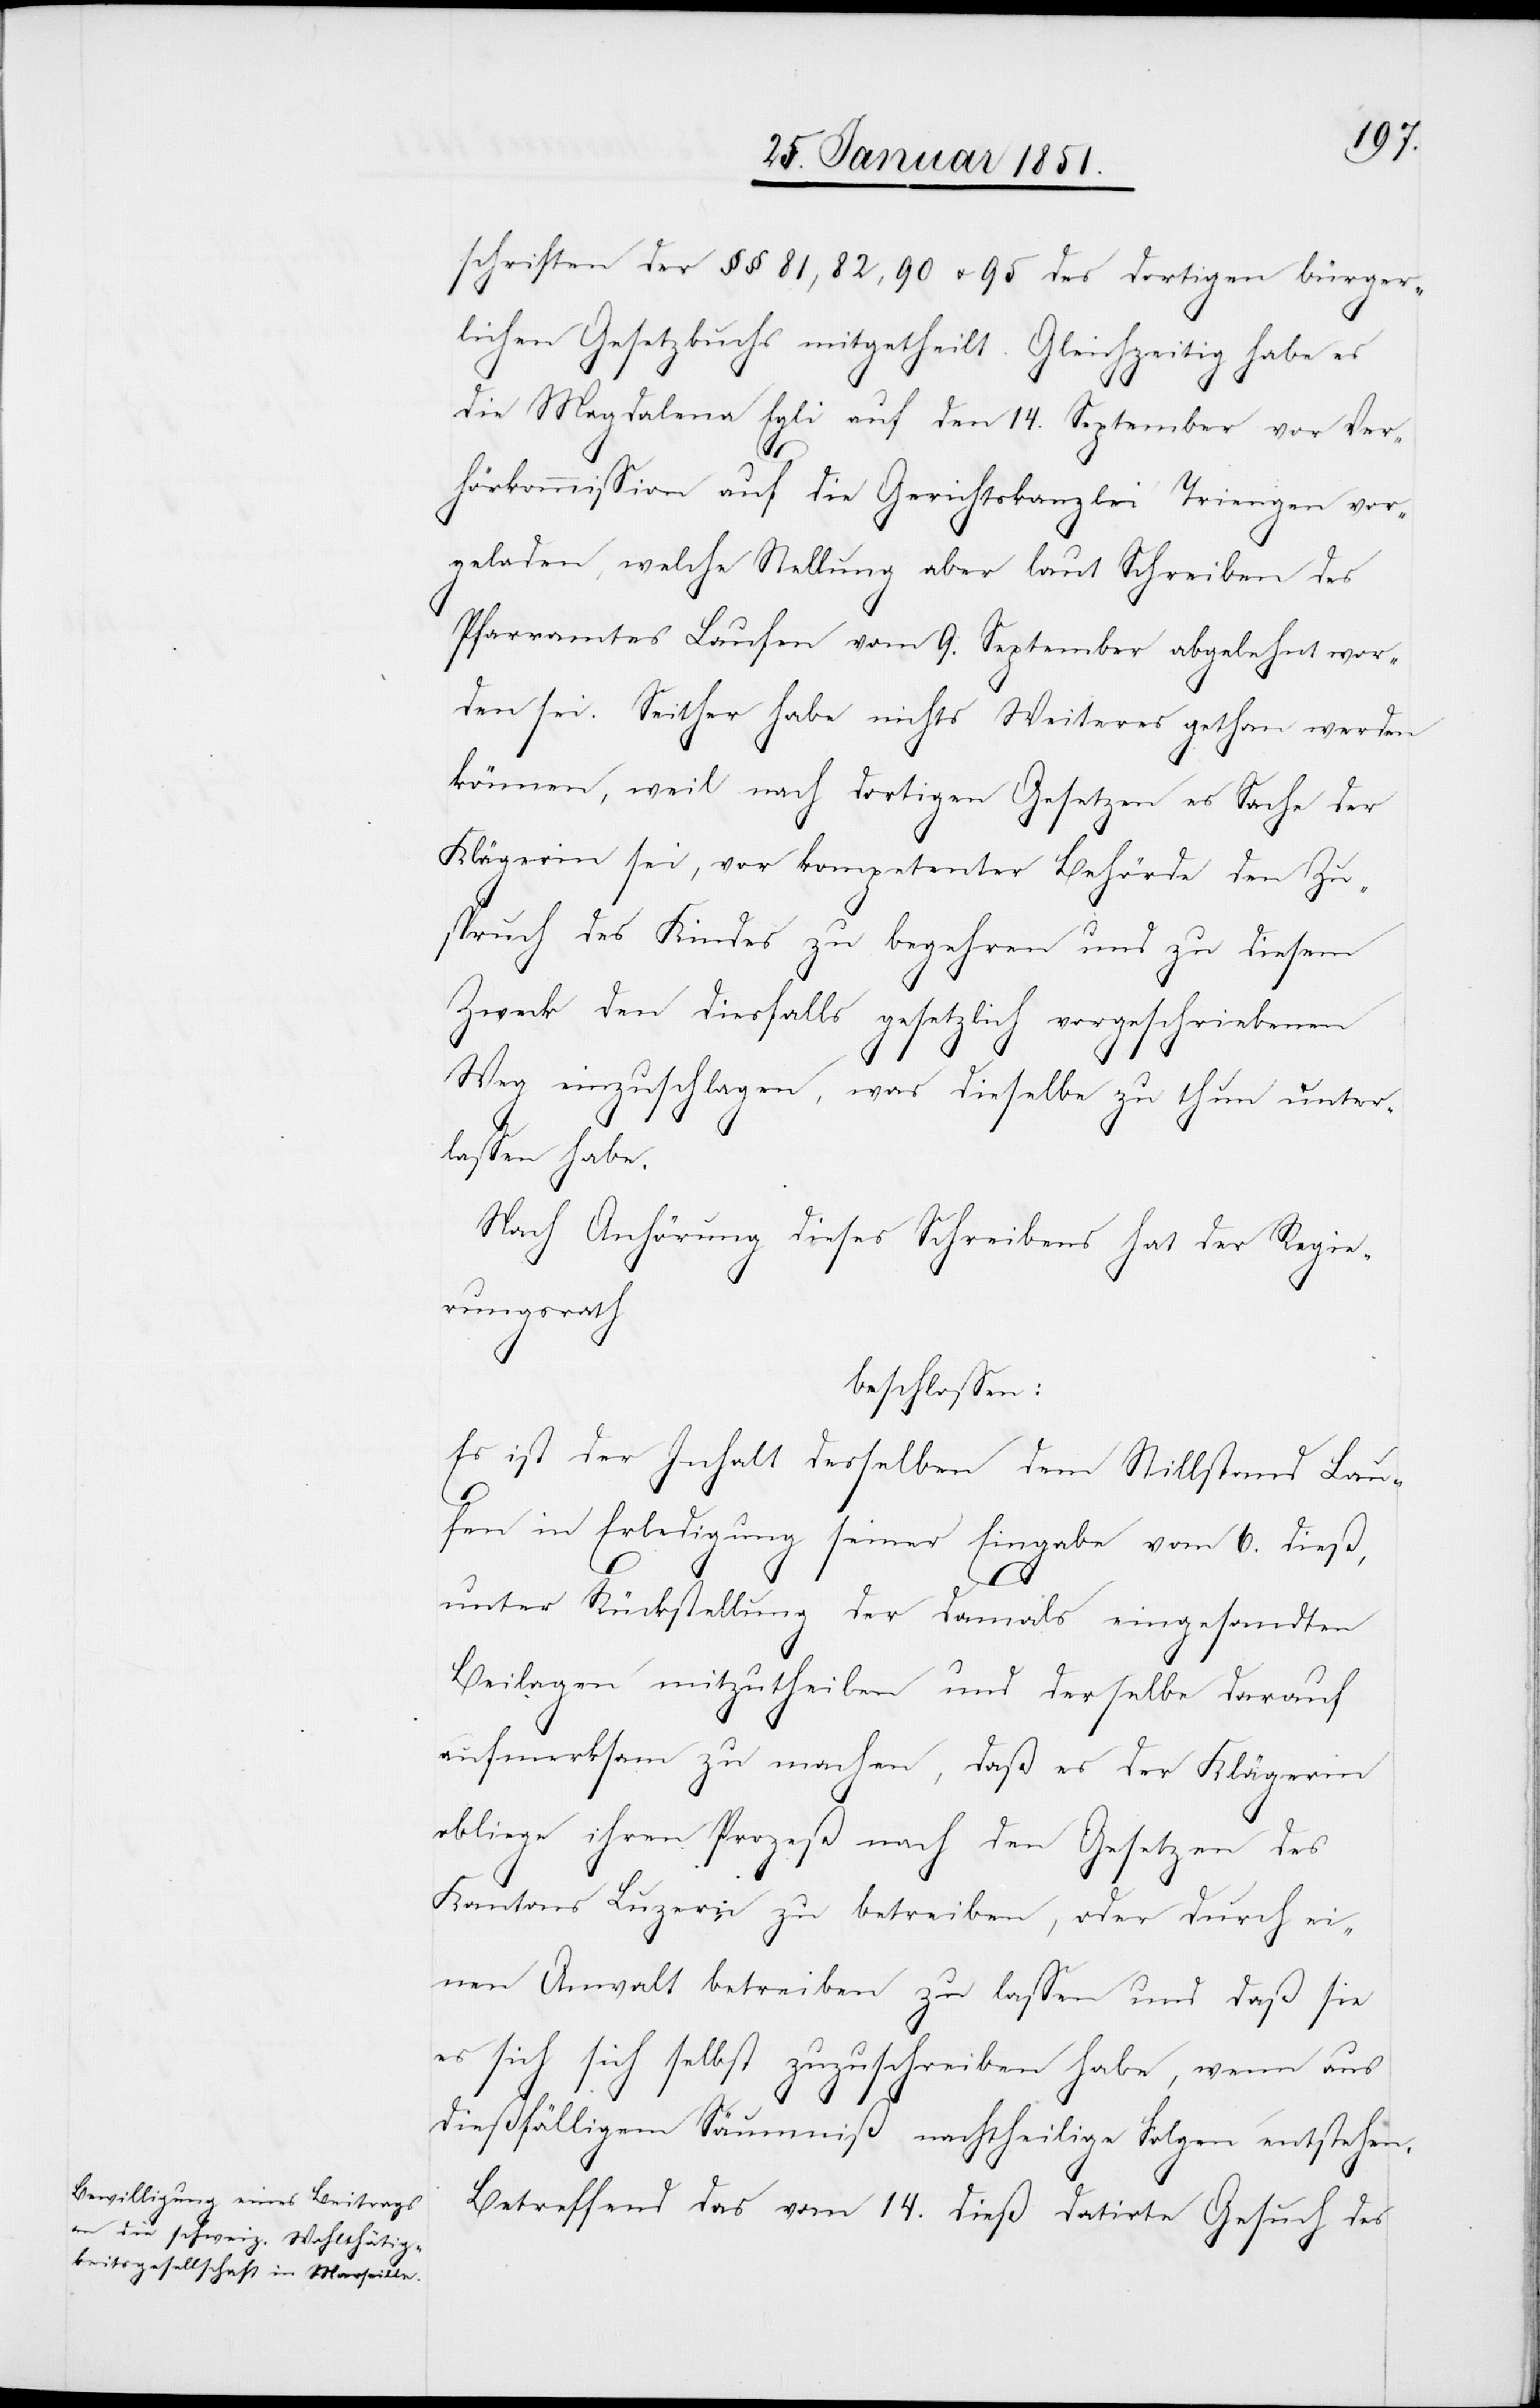
schriften der §§ 81, 82, 90 u. 95 des dortigen bürger¬
lichen Gesetzbuchs mitgetheilt. Gleichzeitig habe es
die Magdalena Egli auf den 14. September vor Ver¬
hörkommission auf die Gerichtskanzlei Triengen vor¬
geladen, welche Stellung aber laut Schreiben des
Pfarramtes Laufen vom 9. September abgelehnt wor¬
den sei. Seither habe nichts Weiteres gethan werden
können, weil nach dortigen Gesetzen es Sache der
Klägerin sei, vor kompetenter Behörde den Zu¬
spruch des Kindes zu begehren und zu diesem
Zweck den diesfalls gesetzlich vorgeschriebenen
Weg einzuschlagen, was dieselbe zu thun unter¬
lassen habe.
Nach Anhörung dieses Schreibens hat der Regie¬
rungsrath
beschlossen:
Es ist der Inhalt desselben dem Stillstand Lau¬
fen in Erledigung seiner Eingabe vom 6. dieß,
unter Rückstellung der damals eingesandten
Beilagen mitzutheilen und derselbe darauf
aufmerksam zu machen, daß es der Klägerin
obliege ihren Prozeß nach den Gesetzen des
Kantons Luzern zu betreiben, oder durch ei¬
nen Anwalt betreiben zu lassen und daß sie
es sich sich selbst zuzuschreiben habe, wenn aus
dießfälligem Säumniß nachtheilige Folgen entstehen.
Betreffend das vom 14. dieß datirte Gesuch des